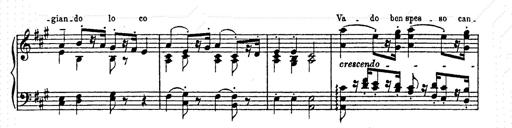
Title: AnnÃ©es de pÃ¨lerinage II
Composer: Franz Liszt